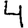
Digit: 4